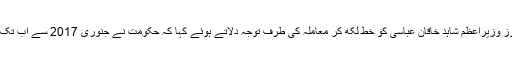
آرمی چیف جنرل قمر جاوید باجوہ نے گزشتہ روز وزیراعظم شاہد خاقان عباسی کو خط لکھ کر معاملہ کی طرف توجہ دلاتے ہوئے کہا کہ حکومت نے جنوری 2017 سے اب تک ایک بھی کیس فوجی عدالتوں کو نہیں بھیجا ہے۔